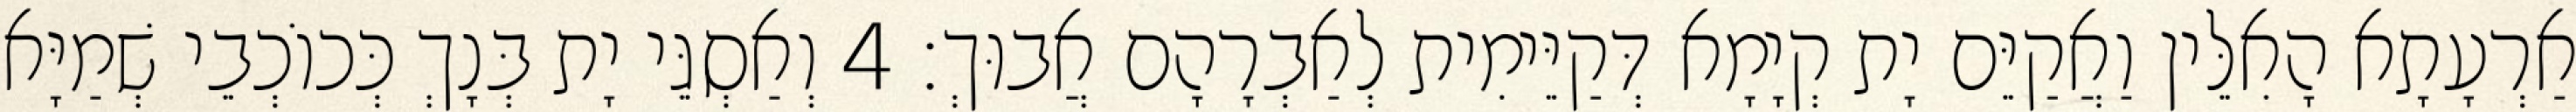
אַרְעָתָא הָאִלֵּין וַאֲקַיֵּם יָת קְיָמָא דְּקַיֵּימִית לְאַבְרָהָם אֲבוּךְ׃ 4 וְאַסְגֵּי יָת בְּנָךְ כְּכוֹכְבֵי שְׁמַיָּא